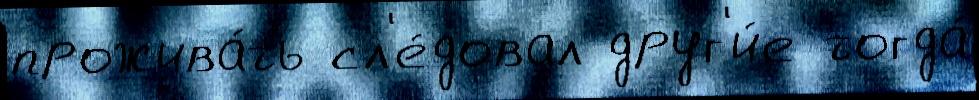
прожива́ть сл'е́довал друг'и́е тогда́